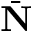
\bar { \bf N }